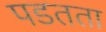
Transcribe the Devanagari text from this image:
पडतता